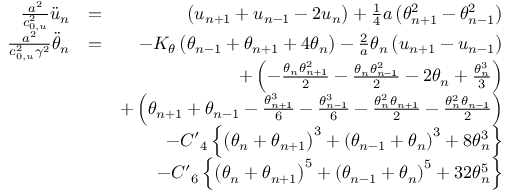
\begin{array} { r l r } { \frac { { { a } ^ { 2 } } } { c _ { 0 , u } ^ { 2 } } { { \ddot { u } } _ { n } } } & { = } & { \left( { { u } _ { n + 1 } } + { { u } _ { n - 1 } } - 2 { { u } _ { n } } \right) + \frac { 1 } { 4 } a \left( \theta _ { n + 1 } ^ { 2 } - \theta _ { n - 1 } ^ { 2 } \right) } \\ { \frac { { { a } ^ { 2 } } } { c _ { 0 , u } ^ { 2 } { { \gamma } ^ { 2 } } } { { { \ddot { \theta } } } _ { n } } } & { = } & { - { { K } _ { \theta } } \left( { { \theta } _ { n - 1 } } + { { \theta } _ { n + 1 } } + 4 { { \theta } _ { n } } \right) - \frac { 2 } { a } { { \theta } _ { n } } \left( { { u } _ { n + 1 } } - { { u } _ { n - 1 } } \right) } \\ & { } & { + \left( - \frac { { { \theta } _ { n } } \theta _ { n + 1 } ^ { 2 } } { 2 } - \frac { { { \theta } _ { n } } \theta _ { n - 1 } ^ { 2 } } { 2 } - 2 { { \theta } _ { n } } + \frac { \theta _ { n } ^ { 3 } } { 3 } \right) } \\ & { } & { + \left( { { \theta } _ { n + 1 } } + { { \theta } _ { n - 1 } } - \frac { \theta _ { n + 1 } ^ { 3 } } { 6 } - \frac { \theta _ { n - 1 } ^ { 3 } } { 6 } - \frac { \theta _ { n } ^ { 2 } { { \theta } _ { n + 1 } } } { 2 } - \frac { \theta _ { n } ^ { 2 } { { \theta } _ { n - 1 } } } { 2 } \right) } \\ & { } & { - { { C ^ { \prime } } _ { 4 } } \left\{ { { \left( { { \theta } _ { n } } + { { \theta } _ { n + 1 } } \right) } ^ { 3 } } + { { \left( { { \theta } _ { n - 1 } } + { { \theta } _ { n } } \right) } ^ { 3 } } + 8 \theta _ { n } ^ { 3 } \right\} } \\ & { } & { - { { C ^ { \prime } } _ { 6 } } \left\{ { { \left( { { \theta } _ { n } } + { { \theta } _ { n + 1 } } \right) } ^ { 5 } } + { { \left( { { \theta } _ { n - 1 } } + { { \theta } _ { n } } \right) } ^ { 5 } } + 3 2 \theta _ { n } ^ { 5 } \right\} } \end{array}